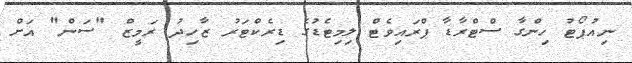
ނިއުޕޯޓު ހިންގާ ސްޓްރާޑާ ޕްރައިވެޓް ލިމިޓެޑުގެ ޑިރެކްޓަރު ޒާހިދު ރަމީޒް "ސަން" އަށް